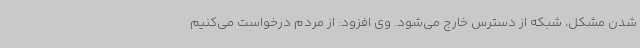
شدن مشکل، شبکه از دسترس خارج می‌شود. وی افزود: از مردم درخواست می‌کنیم